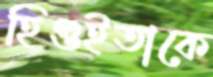
হিগুইতাকে